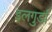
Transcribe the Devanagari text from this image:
इलगुर्डा